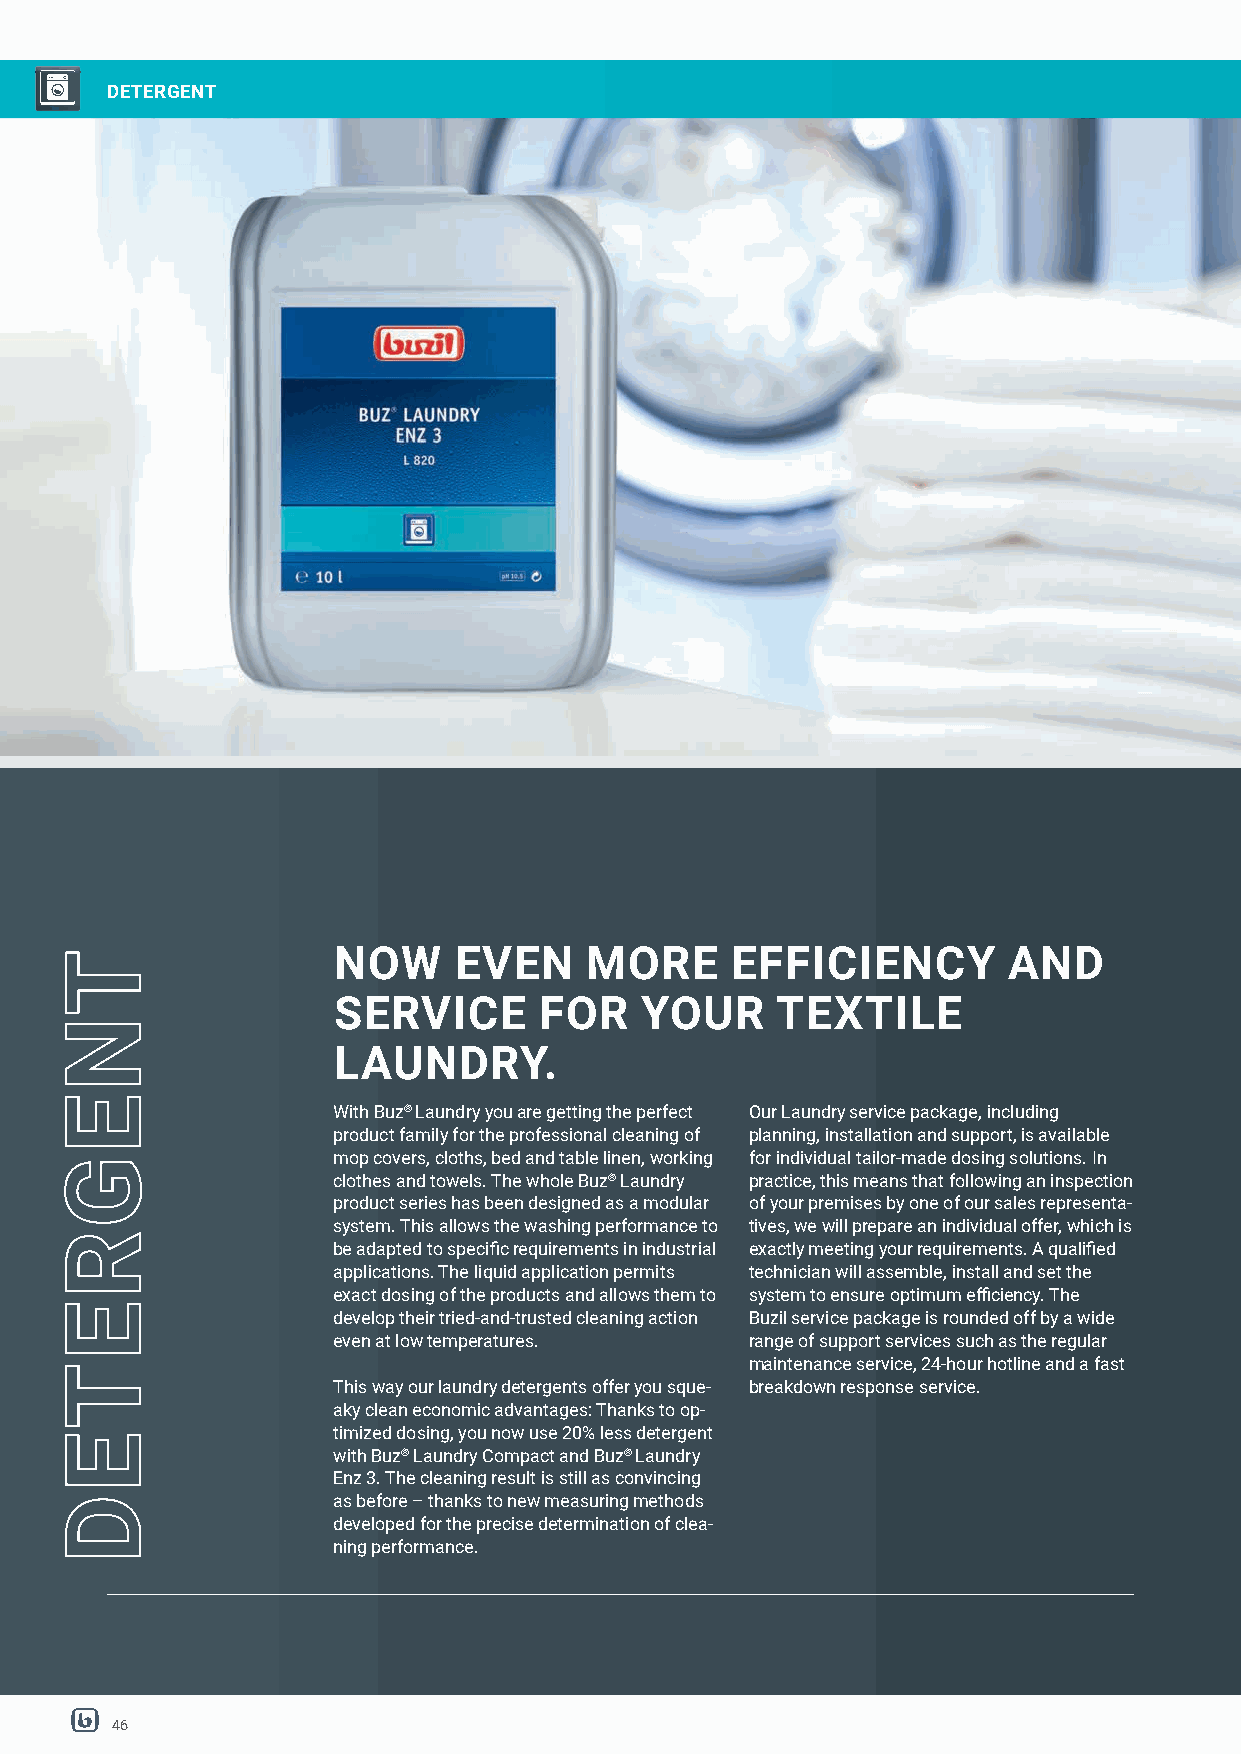
DETERGENT
 NOW     EVEN     MORE     EFFICIENCY         AND
 SERVICE       FOR   YOUR     TEXTILE
 LAUNDRY.
 With Buz® Laundry you are getting the perfect Our Laundry service package, including
 product family for the professional cleaning of planning, installation and support, is available
 mop covers, cloths, bed and table linen, working for individual tailor-made dosing solutions. In
 clothes and towels. The whole Buz® Laundry practice, this means that following an inspection
 product series has been designed as a modular of your premises by one of our sales representa-
 system. This allows the washing performance to tives, we will prepare an individual offer, which is
 be adapted to specifi c requirements in industrial exactly meeting your requirements. A qualifi ed
 applications. The liquid application permits technician will assemble, install and set the
 exact dosing of the products and allows them to system to ensure optimum effi ciency. The
 develop their tried-and-trusted cleaning action Buzil service package is rounded off by a wide
 even at low temperatures.   range of support services such as the regular
 maintenance service, 24-hour hotline and a fast
 This way our laundry detergents offer you sque- breakdown response service.
 aky clean economic advantages: Thanks to op-
 timized dosing, you now use 20% less detergent
 with Buz® Laundry Compact and Buz® Laundry
 Enz 3. The cleaning result is still as convincing
 as before – thanks to new measuring methods
 developed for the precise determination of clea-
 ning performance.
 46
 TNEGRETED